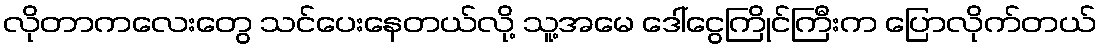
လိုတာကလေးတွေ သင်ပေးနေတယ်လို့ သူ့အမေ ဒေါ်ငွေကြိုင်ကြီးက ပြောလိုက်တယ်